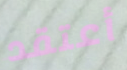
أعتقد